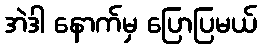
အဲဒါ နောက်မှ ပြောပြမယ်